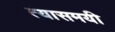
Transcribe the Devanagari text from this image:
त्यासमयी